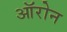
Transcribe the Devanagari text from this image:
ऑरोन